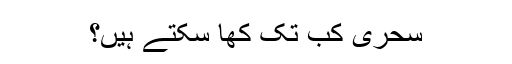
سحری کب تک کھا سکتے ہیں؟